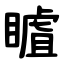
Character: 䁦